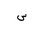
Letter: _sin